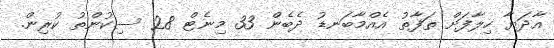
އާދަޔާ ހިލާފަށް ތަފާތު އެއްމާބަނޑު ދެބެން 33 މިނެޓް 28 ސިކުންތު ކުރިން.